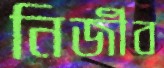
নির্জীব